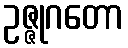
ဥဇ္ဇုဂတော